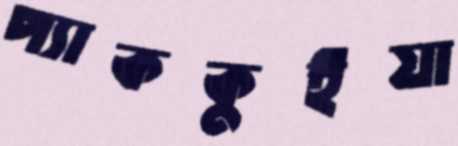
প্যাককুইয়া